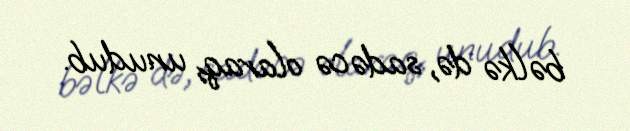
bəlkə də, sadəcə olaraq, unudub.